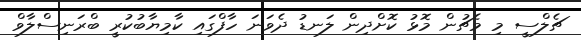
ޗެލްސީ މި މެޗުން މޮޅު ކޮށްދިން ލަނޑު ދެވަނަ ހާފްގައި ކާމިޔާބުކުރީ ބްރަނިސްލާވް